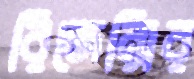
রিজেন্সির